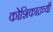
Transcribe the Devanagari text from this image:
कोशिकाद्रव्यी